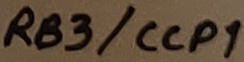
Text: RB3/CCP1